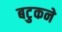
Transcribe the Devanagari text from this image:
बटुकने